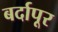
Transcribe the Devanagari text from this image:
बर्दापूर